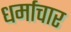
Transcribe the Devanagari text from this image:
धर्माचार